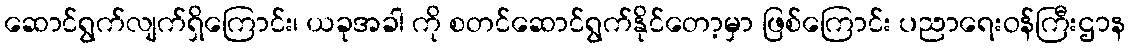
ဆောင်ရွက်လျက်ရှိကြောင်း၊ ယခုအခါ ကို စတင်ဆောင်ရွက်နိုင်တော့မှာ ဖြစ်ကြောင်း ပညာရေးဝန်ကြီးဌာန